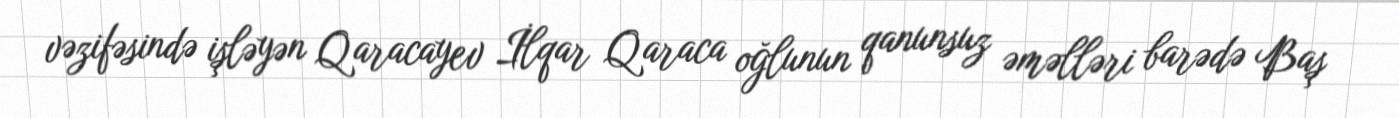
vəzifəsində işləyən Qaracayev İlqar Qaraca oğlunun qanunsuz əməlləri barədə Baş